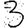
Digit: 3